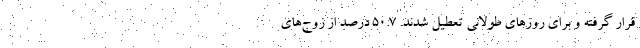
قرار گرفته و برای روزهای طولانی تعطیل شدند. 50.7 درصد از زوج‌های